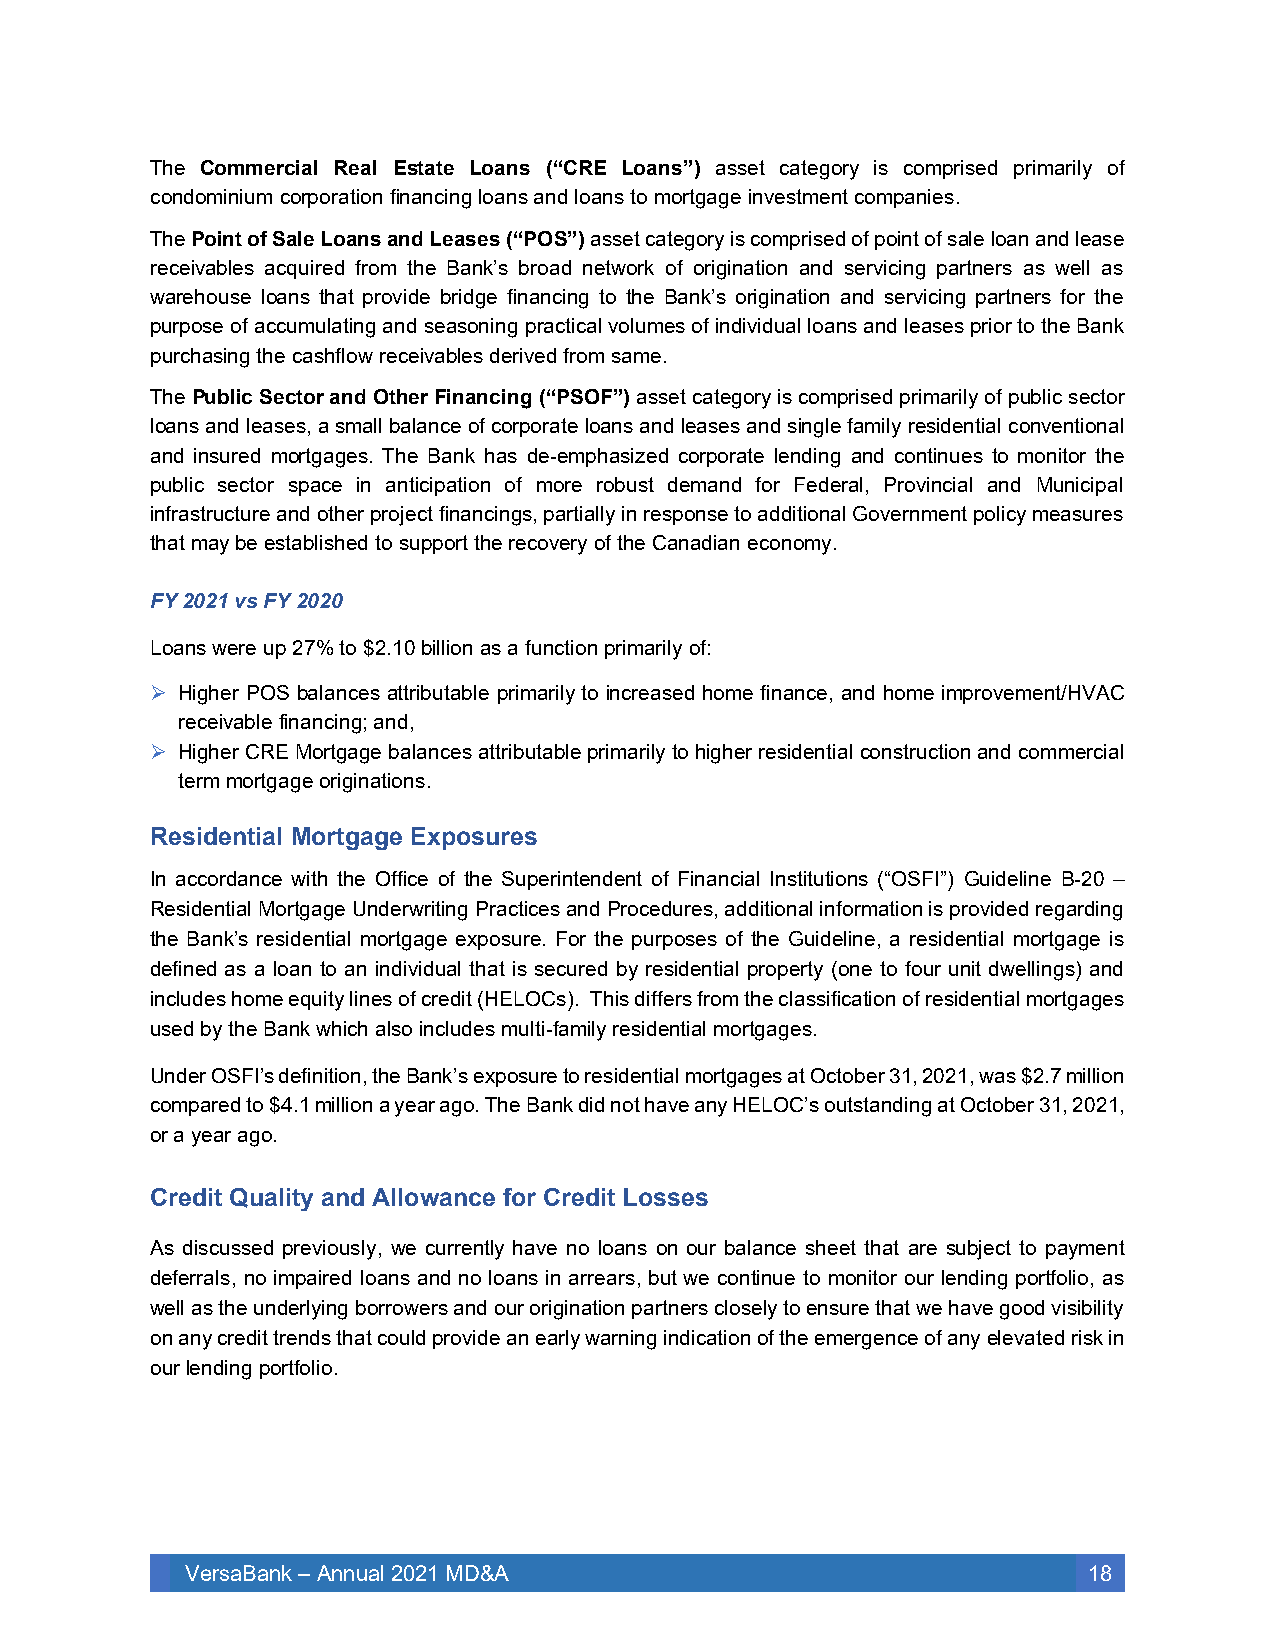
The Commercial Real Estate Loans (“CRE Loans”) asset category is comprised primarily of
 condominium corporation financing loans and loans to mortgage investment companies.
 The Point of Sale Loans and Leases (“POS”) asset category is comprised of point of sale loan and lease
 receivables acquired from the Bank’s broad network of origination and servicing partners as well as
 warehouse loans that provide bridge financing to the Bank’s origination and servicing partners for the
 purpose of accumulating and seasoning practical volumes of individual loans and leases prior to the Bank
 purchasing the cashflow receivables derived from same.
 The Public Sector and Other Financing (“PSOF”) asset category is comprised primarily of public sector
 loans and leases, a small balance of corporate loans and leases and single family residential conventional
 and insured mortgages. The Bank has de-emphasized corporate lending and continues to monitor the
 public sector space in anticipation of more robust demand for Federal, Provincial and Municipal
 infrastructure and other project financings, partially in response to additional Government policy measures
 that may be established to support the recovery of the Canadian economy.
 FY 2021 vs FY 2020
 Loans were up 27% to $2.10 billion as a function primarily of:
 ➢ Higher POS balances attributable primarily to increased home finance, and home improvement/HVAC
 receivable financing; and,
 ➢ Higher CRE Mortgage balances attributable primarily to higher residential construction and commercial
 term mortgage originations.
 Residential Mortgage Exposures
 In accordance with the Office of the Superintendent of Financial Institutions (“OSFI”) Guideline B-20 –
 Residential Mortgage Underwriting Practices and Procedures, additional information is provided regarding
 the Bank’s residential mortgage exposure. For the purposes of the Guideline, a residential mortgage is
 defined as a loan to an individual that is secured by residential property (one to four unit dwellings) and
 includes home equity lines of credit (HELOCs). This differs from the classification of residential mortgages
 used by the Bank which also includes multi-family residential mortgages.
 Under OSFI’s definition, the Bank’s exposure to residential mortgages at October 31, 2021, was $2.7 million
 compared to $4.1 million a year ago. The Bank did not have any HELOC’s outstanding at October 31, 2021,
 or a year ago.
 Credit Quality and Allowance for Credit Losses
 As discussed previously, we currently have no loans on our balance sheet that are subject to payment
 deferrals, no impaired loans and no loans in arrears, but we continue to monitor our lending portfolio, as
 well as the underlying borrowers and our origination partners closely to ensure that we have good visibility
 on any credit trends that could provide an early warning indication of the emergence of any elevated risk in
 our lending portfolio.
 VersaBank – Annual 2021 MD&A                                18